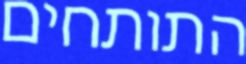
התותחים